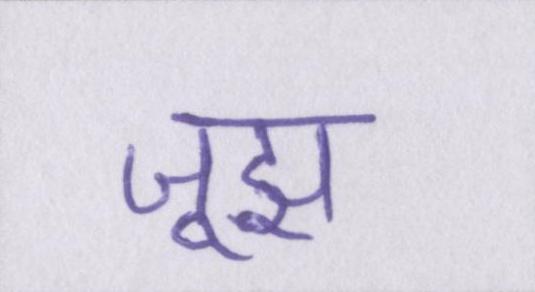
जूझ